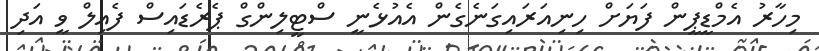
މިހާރު އެމްޑީޕީން ފަޔަށް ހިނިއަރައިގަނެގެން އެއުޅެނީ ސްޓީލިންގް ޕެރެޑައިސް ފެއިލް ވީ އަދި